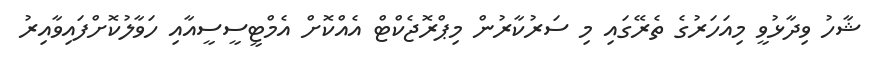
ޝާހު ވިދާޅުވީ މިއަހަރުގެ ތެރޭގައި މި ސަރުކާރުން މިޕްރޮޖެކްޓް އެއްކޮށް އެމްޓީސީސީއާއި ހަވާލުކޮށްފައިވާއިރު